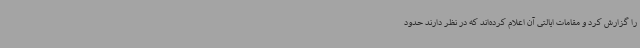
را گزارش کرد و مقامات ایالتی آن اعلام کرده‌اند که در نظر دارند حدود